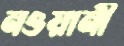
নওয়ানী